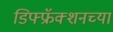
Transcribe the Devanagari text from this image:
डिफ्फ्रॅक्शनच्या